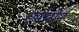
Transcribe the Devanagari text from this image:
एनेमोन